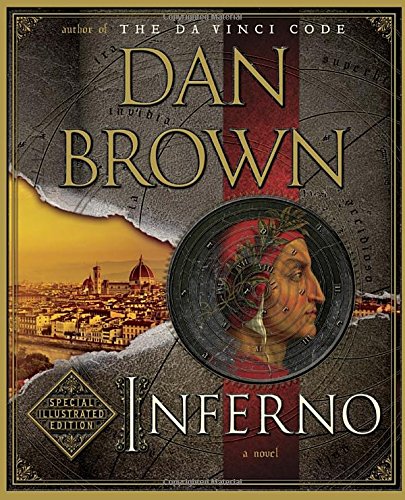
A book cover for Inferno: Special Illustrated Edition: Featuring Robert Langdon; Dan Brown; Literature & Fiction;